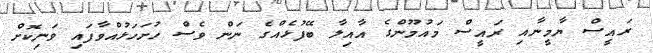
ރައީސް ޔާމީނާއި ރައީސް މައުމޫންގެ އާއިލާ ބޭފުޅެއްގެ ނަން ވެސް ހުށަހަޅުއްވާފައި ވަނިކޮށް